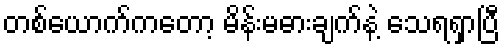
တစ်ယောက်ကတော့ မိန်းမဓားချက်နဲ့ သေရရှာပြီ